Annual report of the Punjab Veterinary College and of the Civil Veterinary Department, Punjab - 1909-1919
Year: 1909
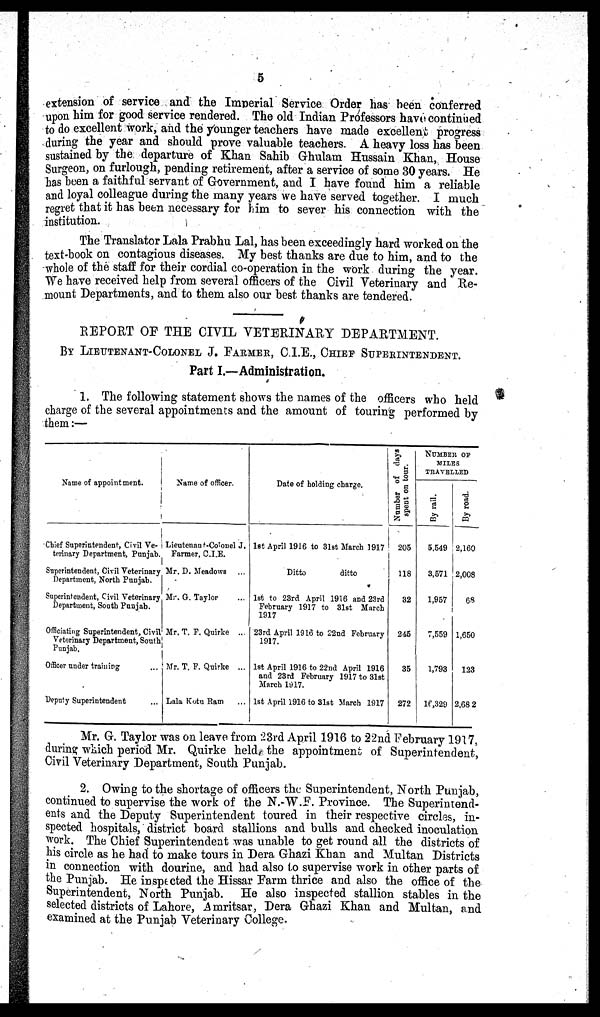
5
extension of service and the Imperial Service Order has been conferred
upon him for good service rendered. The old Indian Professors have continued
to do excellent work, and the younger teachers have made excellent progress
during the year and should prove valuable teachers. A heavy loss has been
sustained by the departure of Khan Sahib Ghulam Hussain Khan, House
Surgeon, on furlough, pending retirement, after a service of some 30 years. He
has been a faithful servant of Government, and I have found him a reliable
and loyal colleague during the many years we have served together. I much
regret that it has been necessary for him to sever his connection with the
institution.
The Translator Lala Prabhu Lal, has been exceedingly hard worked on the
text-book on contagious diseases. My best thanks are due to him, and to the
whole of the staff for their cordial co-operation in the work during the year.
We have received help from several officers of the Civil Veterinary and Re-
mount Departments, and to them also our best thanks are tendered.
REPORT OF THE CIVIL VETERINARY DEPARTMENT.
BY LIEUTENANT-COLONEL J. PARMER, C.I.E., CHIEF SUPERINTENDENT.
Part I.—Administration.
1. The following statement shows the names of the officers who held
charge of the several appointments and the amount of touring performed by
them:—
Name of appointment.
Chief Superintendent, Civil Ve-
terinary Department, Punjab.
Superintendent, Civil Veterinary
Department, North Punjab.
Superintendent, Civil Veterinary
Department, South Punjab.
Officiating Superintendent, Civil
Veterinary Department, South
Punjab.
Officer under training ...
Deputy Superintendent
Name of officer.
Lieutenant-Colouel J.
Farmer, C.L.E.
Mr. D. Meadows ...
Mr. G. Taylor
Mr. T. F. Quirke ...
Mr. T. F. Quirke ...
Lala Kotu Ram ...
Date of holding charge.
1st April 1916 to 31st March 1917
Ditto
ditto
1st to 23rd April 1916 and 23rd
February 1917 to 31st March
1917
23rd April 1916 to 22nd February
1917.
1st April 1916 to 22nd April 1916
and 23rd February 1917 to 31st
March 1917.
1st April 1916 to 31st March 1917
Number of days
spent on tour.
205
118
32
245
35
272
NUMBER OF
MILES
TRAVELLED
By rail.
5,549
3,571
1,957
7,559
1,793
16,329
By road.
2,160
2,008
68
1,650
123
2,682
Mr. G. Taylor was on leave from :23rd April 1916 to 22nd February 1917,
during which period Mr. Quirke held the appointment of Superintendent,
Civil Veterinary Department, South Punjab.
2. Owing to the shortage of officers the Superintendent, North Punjab,
continued to supervise the work of the N.W.F. Province. The Superintend-
ents and the Deputy Superintendent toured in their respective circles, in-
spected hospitals, district board stallions and bulls and checked inoculation
work. The Chief Superintendent was unable to get round all the districts of
his circle as he had to make tours in Dera Ghazi Khan and Multan Districts
in connection with dourine, and had also to supervise work in other parts of
the Punjab. He inspected the Hissar Farm thrice and also the office of the
Superintendent, North Punjab. He also inspected stallion stables in the
selected districts of Lahore, Amritsar, Dera Ghazi Khan and Multan, and
examined at the Punjab Veterinary College.